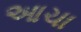
આચા